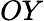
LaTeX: OY